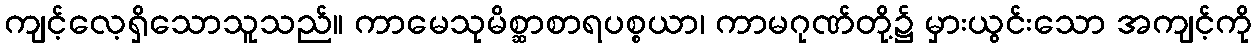
ကျင့်လေ့ရှိသောသူသည်။ ကာမေသုမိစ္ဆာစာရပစ္စယာ၊ ကာမဂုဏ်တို့၌ မှားယွင်းသော အကျင့်ကို